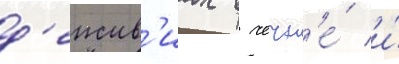
д'еиств'иах в чечн'е́ и́